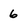
Character: 6